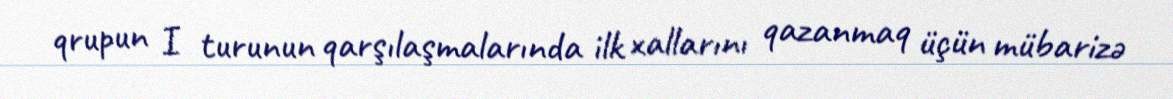
qrupun I turunun qarşılaşmalarında ilk xallarını qazanmaq üçün mübarizə